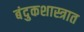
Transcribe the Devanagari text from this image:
बंदुकशास्त्रात